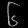
Digit: ၆